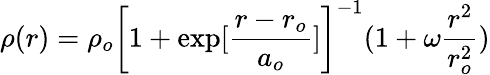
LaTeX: \rho(r)=\rho_{o}\left[1+\exp[\frac{r-r_{o}}{a_{o}}]\right]^{-1}(1+\omega\frac{r^{2}}{r_{o}^{2}})